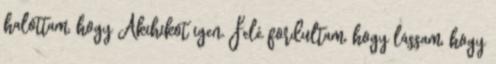
halottam, hogy Akihikot igen. Felé fordultam, hogy lássam, hogy